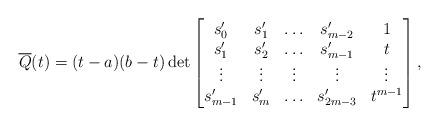
LaTeX: \begin{align*}\overline{Q}(t) = (t-a)(b-t)\det\begin{bmatrix}s_0' & s_1' & \ldots & s_{m-2}' & 1\\s_1' & s_2' & \ldots & s_{m-1} '& t\\\vdots & \vdots & \vdots & \vdots & \vdots\\s_{m-1}' & s_{m}' & \ldots & s_{2m-3}' & t^{m-1}\end{bmatrix},\end{align*}